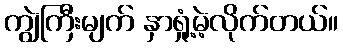
ကျွဲကြီးမျက် နှာရှုံ့မဲ့လိုက်တယ်။